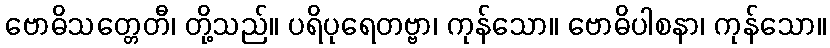
ဗောဓိသတ္တေတီ၊ တို့သည်။ ပရိပုရေတဗ္ဗာ၊ ကုန်သော။ ဗောဓိပါစနာ၊ ကုန်သော။